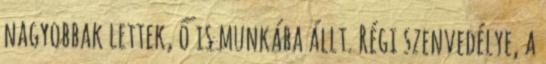
nagyobbak lettek, ő is munkába állt. Régi szenvedélye, a